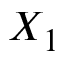
X _ { 1 }